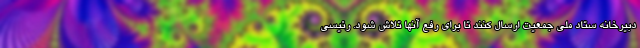
دبیرخانه ستاد ملی جمعیت ارسال کنند تا برای رفع آنها تلاش شود. رئیسی